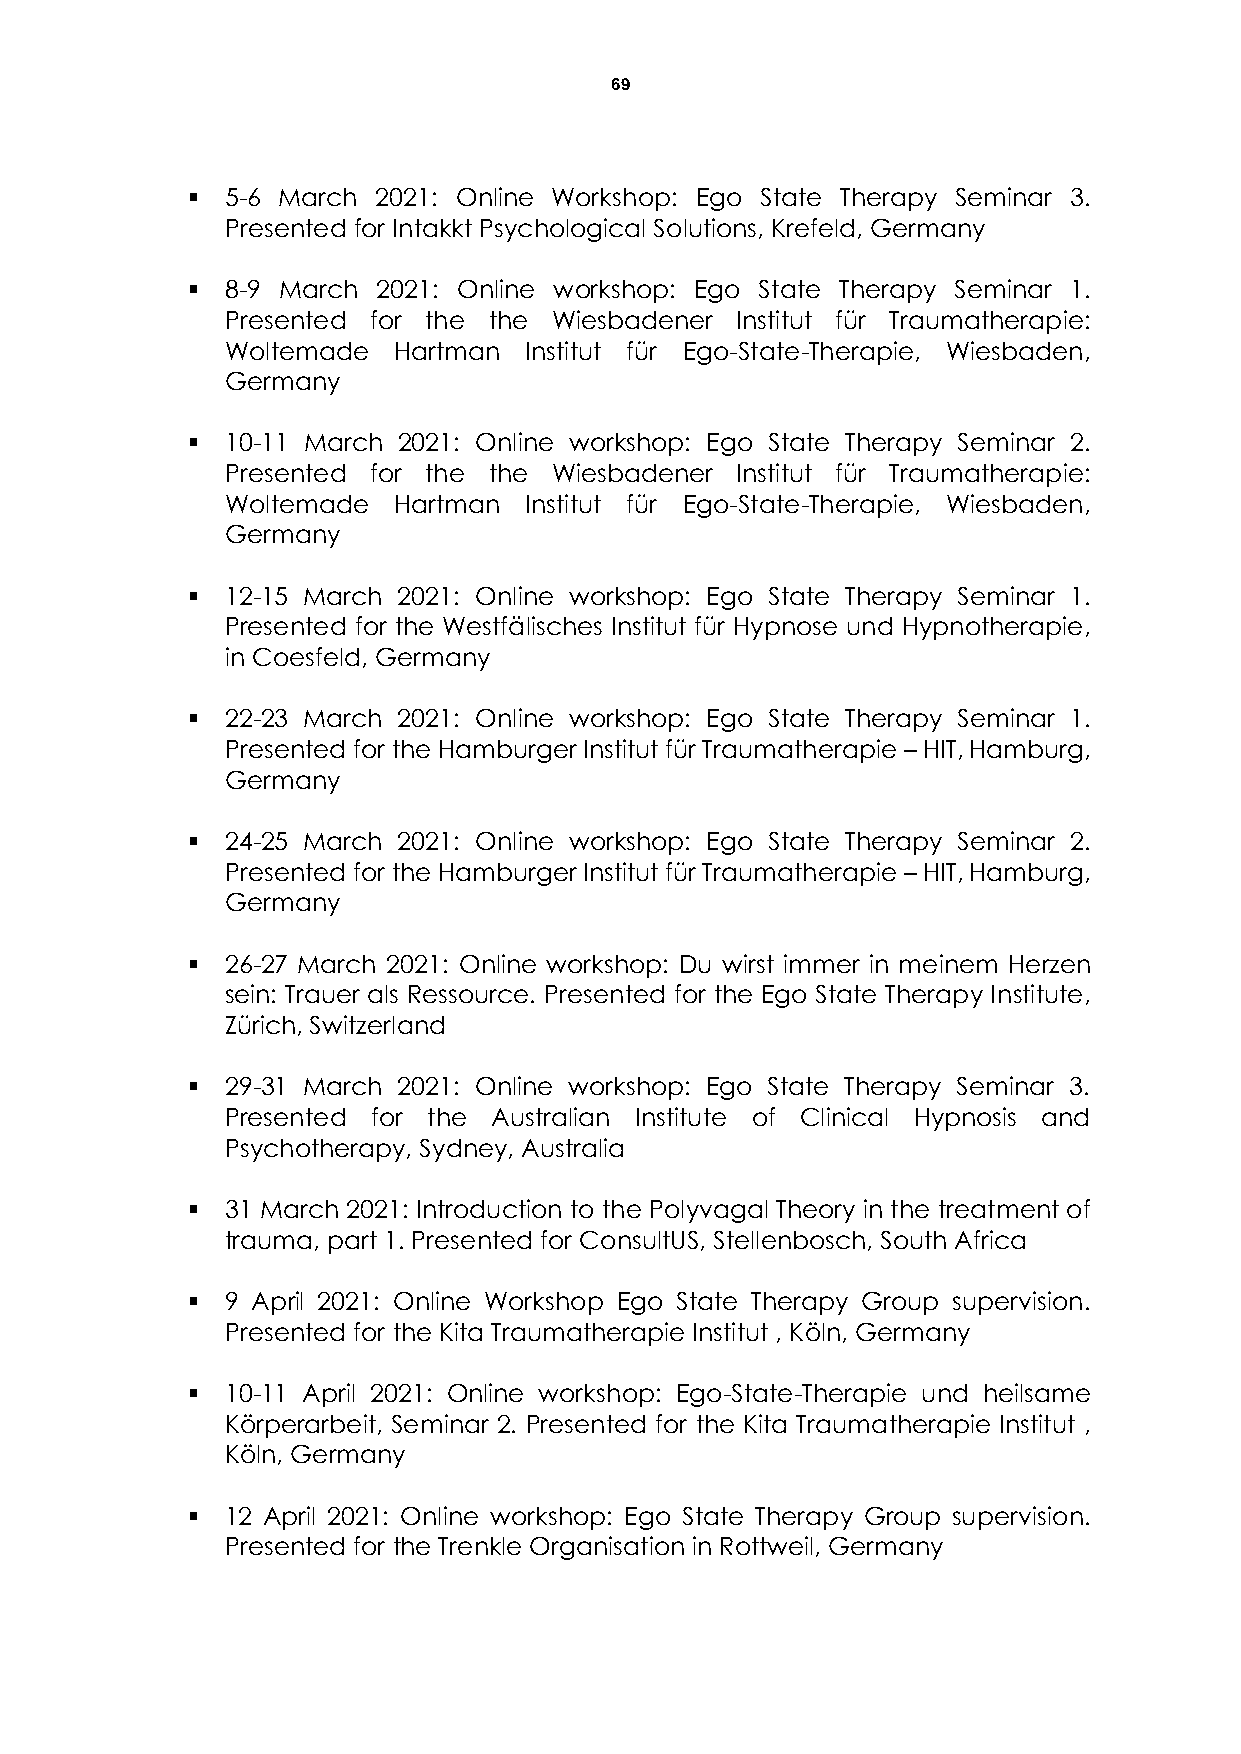
69
   5-6 March 2021: Online Workshop: Ego State Therapy Seminar 3.
 Presented for Intakkt Psychological Solutions, Krefeld, Germany
   8-9 March 2021: Online workshop: Ego State Therapy Seminar 1.
 Presented for the the Wiesbadener Institut für Traumatherapie:
 Woltemade  Hartman  Institut für Ego-State-Therapie, Wiesbaden,
 Germany
   10-11 March 2021: Online workshop: Ego State Therapy Seminar 2.
 Presented for the the Wiesbadener Institut für Traumatherapie:
 Woltemade  Hartman  Institut für Ego-State-Therapie, Wiesbaden,
 Germany
   12-15 March 2021: Online workshop: Ego State Therapy Seminar 1.
 Presented for the Westfälisches Institut für Hypnose und Hypnotherapie,
 in Coesfeld, Germany
   22-23 March 2021: Online workshop: Ego State Therapy Seminar 1.
 Presented for the Hamburger Institut für Traumatherapie – HIT, Hamburg,
 Germany
   24-25 March 2021: Online workshop: Ego State Therapy Seminar 2.
 Presented for the Hamburger Institut für Traumatherapie – HIT, Hamburg,
 Germany
   26-27 March 2021: Online workshop: Du wirst immer in meinem Herzen
 sein: Trauer als Ressource. Presented for the Ego State Therapy Institute,
 Zürich, Switzerland
   29-31 March 2021: Online workshop: Ego State Therapy Seminar 3.
 Presented for the Australian Institute of Clinical Hypnosis and
 Psychotherapy, Sydney, Australia
   31 March 2021: Introduction to the Polyvagal Theory in the treatment of
 trauma, part 1. Presented for ConsultUS, Stellenbosch, South Africa
   9 April 2021: Online Workshop Ego State Therapy Group supervision.
 Presented for the Kita Traumatherapie Institut , Köln, Germany
   10-11 April 2021: Online workshop: Ego-State-Therapie und heilsame
 Körperarbeit, Seminar 2. Presented for the Kita Traumatherapie Institut ,
 Köln, Germany
   12 April 2021: Online workshop: Ego State Therapy Group supervision.
 Presented for the Trenkle Organisation in Rottweil, Germany